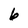
Character: 6